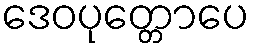
ဒေဝပုတ္တောပေ